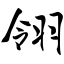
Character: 翎